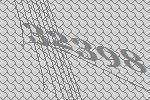
32398